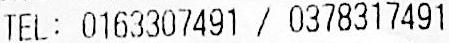
TEL: 0163307491 / 0378317491